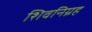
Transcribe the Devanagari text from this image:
शिवनिग्रह